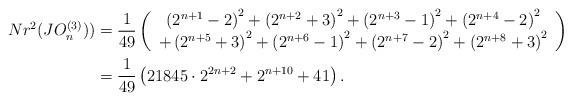
LaTeX: \begin{align*}Nr^{2}(JO_{n}^{(3)}))&=\frac{1}{49}\left(\begin{array}{c} \left(2^{n+1}-2\right)^{2}+\left(2^{n+2}+3\right)^{2}+\left(2^{n+3}-1\right)^{2}+\left(2^{n+4}-2\right)^{2}\\+\left(2^{n+5}+3\right)^{2}+\left(2^{n+6}-1\right)^{2}+\left(2^{n+7}-2\right)^{2}+\left(2^{n+8}+3\right)^{2}\end{array}\right)\\&=\frac{1}{49}\left(21845\cdot 2^{2n+2}+2^{n+10}+41\right).\end{align*}